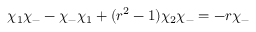
\chi _ { 1 } \chi _ { - } - \chi _ { - } \chi _ { 1 } + ( r ^ { 2 } - 1 ) \chi _ { 2 } \chi _ { - } = - r \chi _ { - }